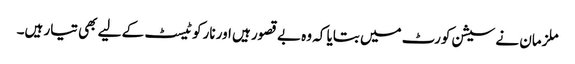
ملزمان نے سیشن کورٹ میں بتایا کہ وہ بے قصور ہیں اور نارکو ٹیسٹ کے لیے بھی تیار ہیں۔